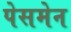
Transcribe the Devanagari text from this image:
पेसमेन